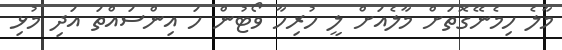
މާލެ ހިމެނޭގޮތަށް މާލެއަށް ލީ ހުރިހާ ވޯޓުން ހަ އިންސައްތަ އަދި މުޅި